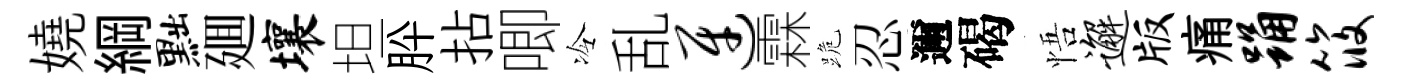
嬈綱黜廽壤坦肸拈唧冷乱迓霖跪忍邇碣悟邂版痛踊筱